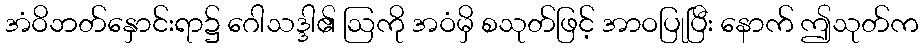
အံဝိဘတ်နှောင်းရာ၌ ဂေါသဒ္ဒါ၏ ဩကို အဝံမှိ စသုတ်ဖြင့် အာဝပြုပြီး နောက် ဤသုတ်က